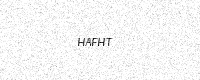
Text: HAFHT